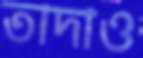
তাদাও